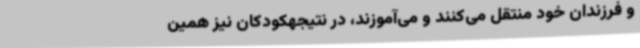
و فرزندان خود منتقل می‌کنند و می‌آموزند، در نتیجهکودکان نیز همین